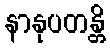
နာနုပတန္တိ